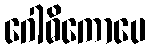
ဂေါဓိကောပေ